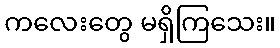
ကလေးတွေ မရှိကြသေး။